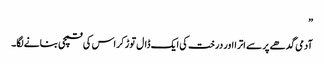
”
آدمی گدھے پر سے اترا اور درخت کی ایک ڈال توڑ کر اس کی قمچی بنانے لگا۔